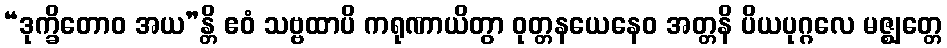
“ဒုက္ခိတောဝ အယ”န္တိ ဧဝံ သဗ္ဗထာပိ ကရုဏာယိတွာ ဝုတ္တနယေနေဝ အတ္တနိ ပိယပုဂ္ဂလေ မဇ္ဈတ္တေ